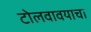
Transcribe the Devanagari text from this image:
टोलवावयाचा